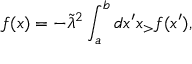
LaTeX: f ( x ) = - \widetilde \lambda ^ { 2 } \int _ { a } ^ { b } d x ^ { \prime } x _ { > } f ( x ^ { \prime } ) ,